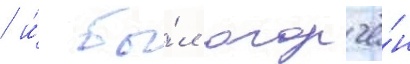
/ и́ бы́л огорчё́н